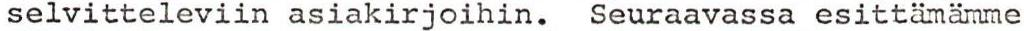
selvitteleviin asiakirjoihin. Seuraavassa esittämämme